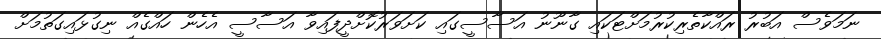
ނަމަވެސް އަބުރު ރައްކާތެރިކުރުމަށްޓަކައި ގާނޫނު އަސާސީގައި ކަށަވަރުކޮށްދީފައިވާ އަސާސީ އެހެން ހައްގެއް ނިގުޅައިގަތުމަށް